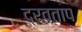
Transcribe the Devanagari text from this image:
द्रवताप